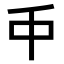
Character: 𠂝